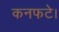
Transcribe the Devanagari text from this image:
कनफटे।